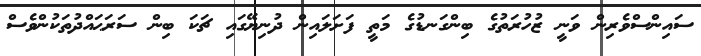
ސައިންސްވެރިން ވަނީ ޒުހުރަތުގެ ބިންގަނޑުގެ މަތީ ފަށަލައިން ދުނިޔޭގައި ޗަކަ ބިން ސަރަޙައްދުތަކުންވެސް